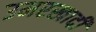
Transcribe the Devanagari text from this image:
उमरखादी